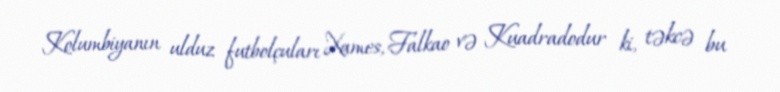
Kolumbiyanın ulduz futbolçuları Xames, Falkao və Kuadradodur ki, təkcə bu